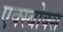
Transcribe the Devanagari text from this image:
एक्स्बोक्स